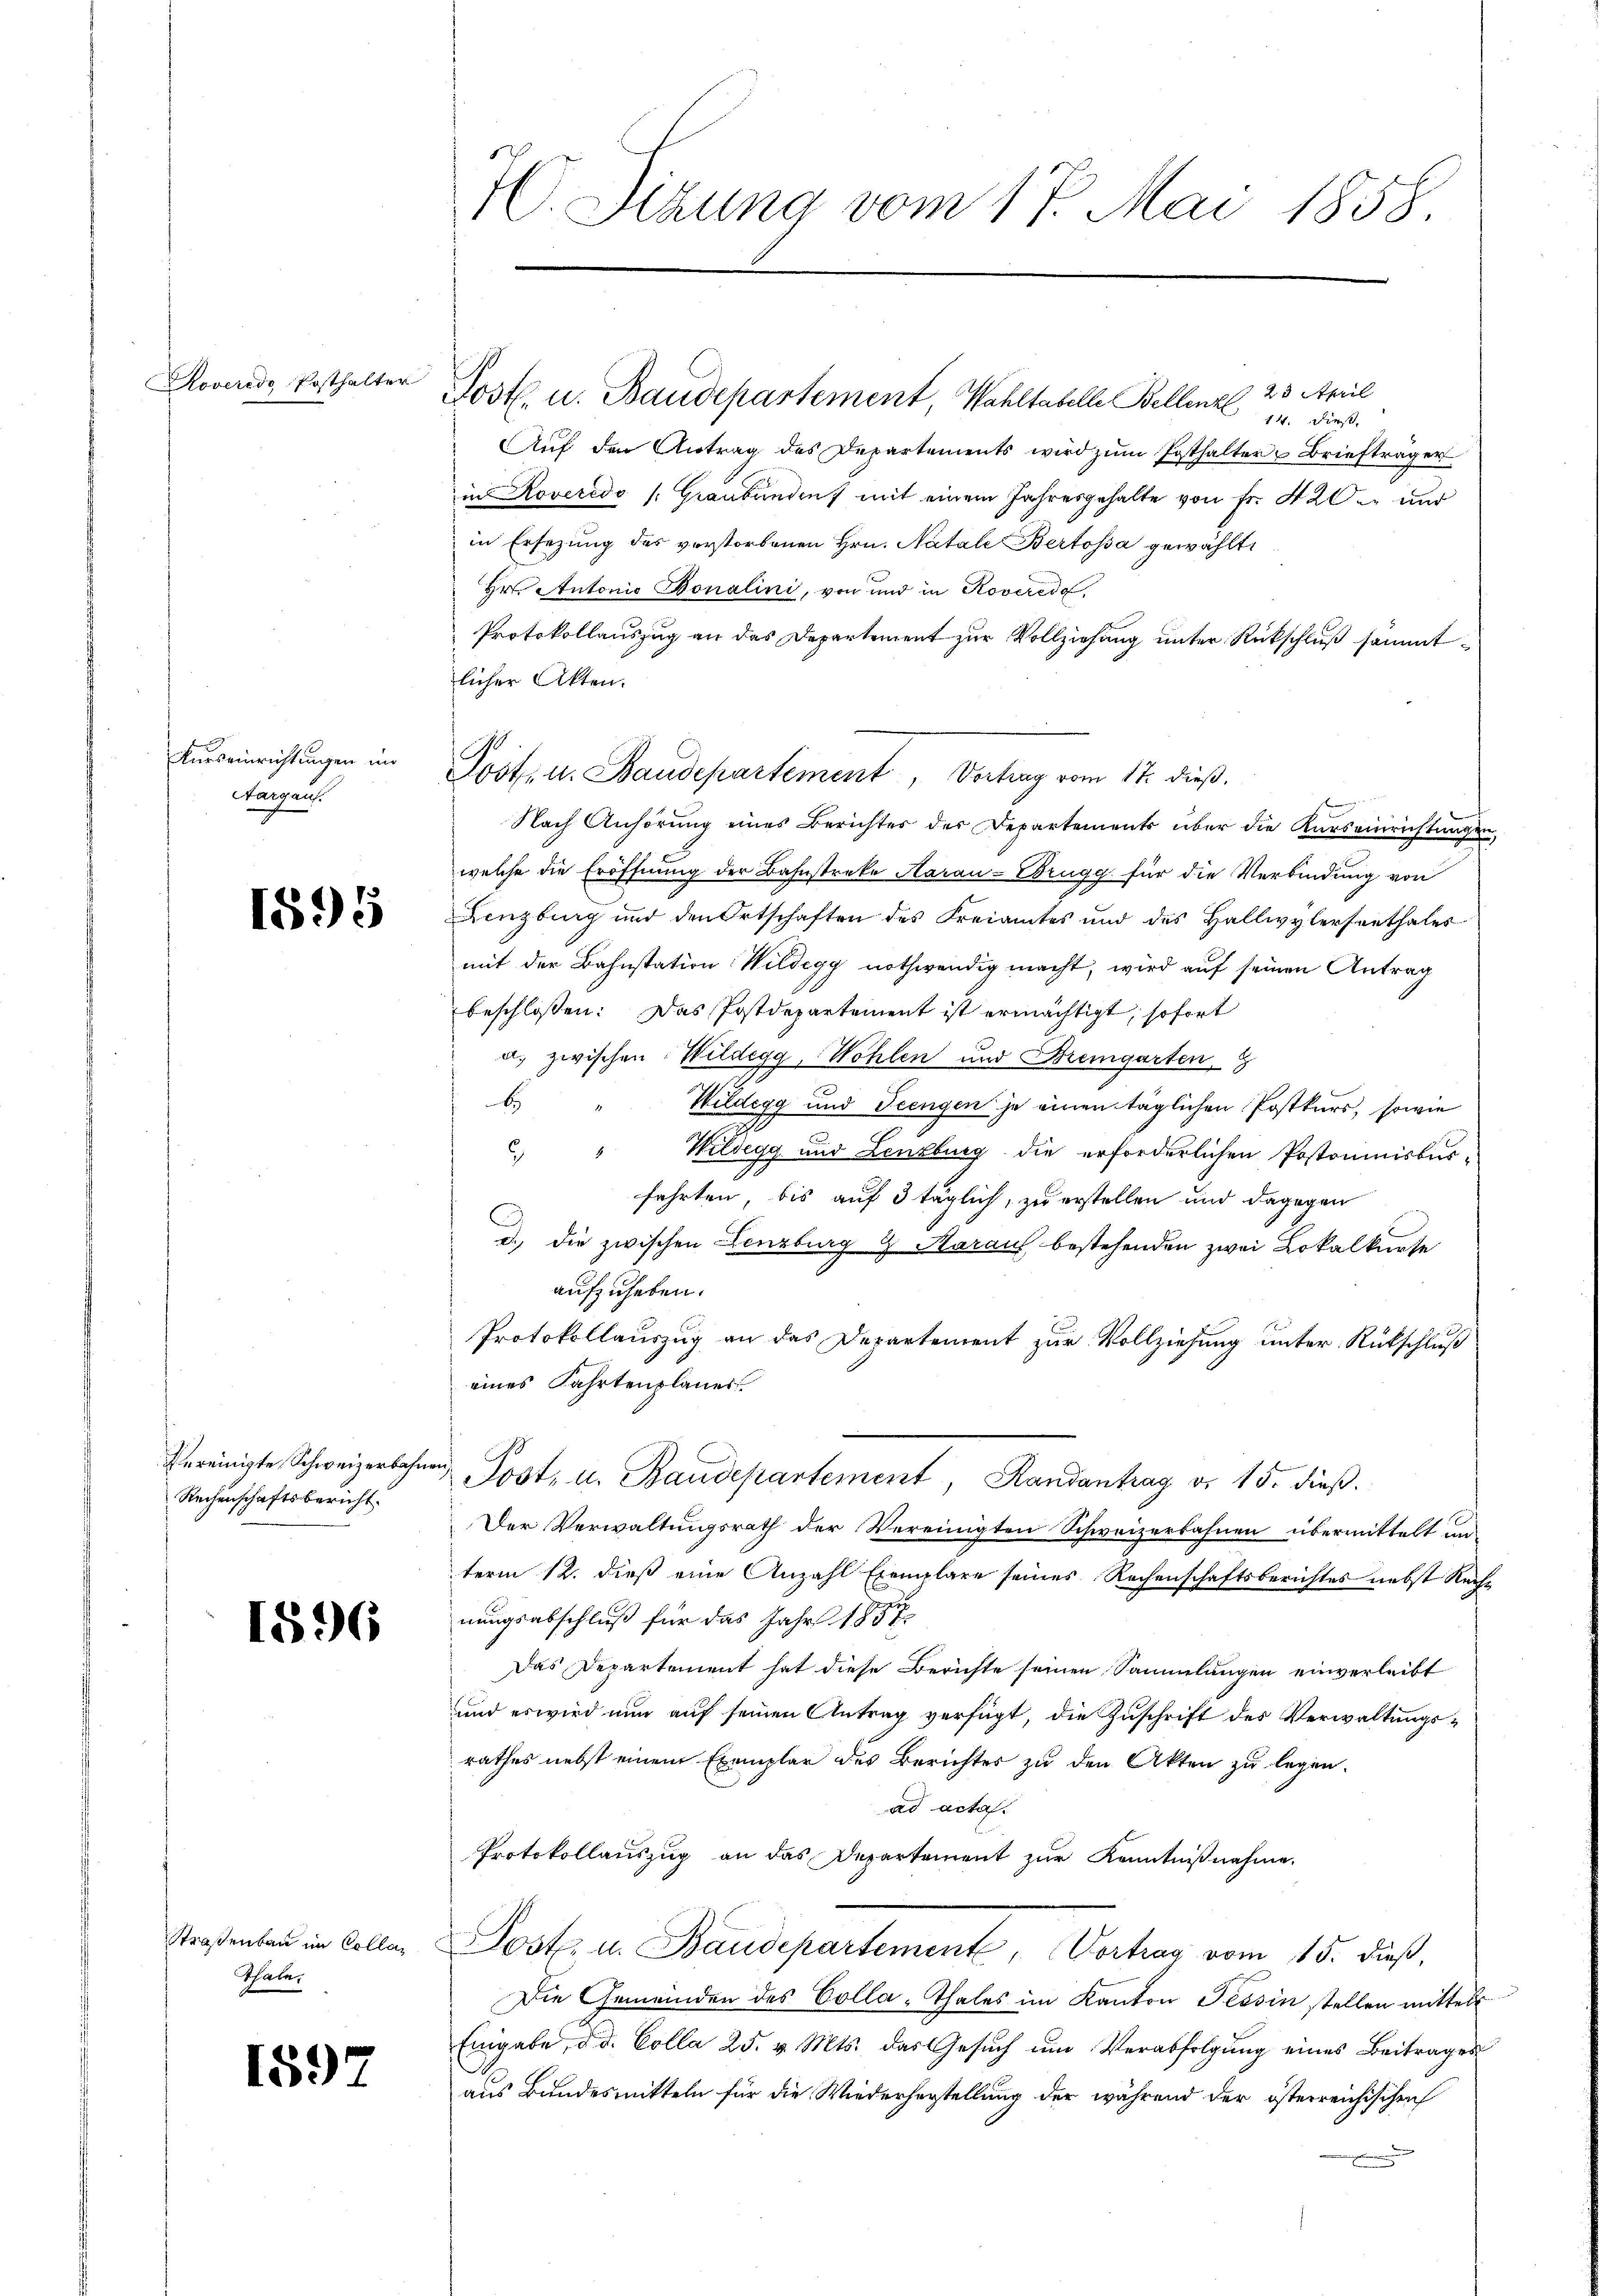
Roveredo, Posthalter

Kurseinrichtungen im
Aargaus.

1895

vereinigte Schweizerbahnen
Rechenschaftsbericht.

1896

Straßenbau im Colleg
Thale.

15.)

W. Sizung vom 17. Mai 1858.

14. Dies
Auf den Antrag des Departements wird zŭm Posthalter u Briefträger
in Roveredo (Graubündenf mit einem Jahresgehalte von Fr. 420 und
in Ersezung des verstorbenen Hrn. Natale Bertosa gewählt,
Hr. Autonio Bonalini, von und in Roverede,
Protokollauszug an das Departement zur Vollziehung unter Rückschluß sammtlicher Akten.
B
Nach Anhörung eines Berichter der Departements über die Kurs einrichtungen
welche die Eröffnung der Bahnstreke Aarau - Brugg für die Verbindung von
Lenzburg und den Ortschaften des Freiamtes und des Hallwylersenthales
mit der Bahnstation Wildegg nothwendig macht, wird auf seinen Antrag
beschloßen: Das Postdepartement ist ermächtigt, sofort
a. zwischen Wildegg, Wohlen und Bremgarten,
E
Wildegg und Teengen je einen täglichen Postkurs, sowie
 " Wildegg und Lenzburg die erforderlichen Postoninisburfahrten, bis auf 5 täglich, zu erstellen und dagegen
d.) Die zwischen Lenzburg & Aarauf bestehenden zwei Lokalkurse
aufzuheben.
Protokollauszug an das Departement zur Vollziehung unter Rückschluß
eines Fahrtenplanes.
d. Post, u. Baudepartement Randantrag v. 15. dieß.
Der Verwaltungsrath der Vereinigten Schweizerbahnen übermittelt un
term 12. dieß eine Anzahl Exemplare seines Rechenschaftsberichtes nebst Rech
nungsabschluß für das Jahr 1857
Das Departement hat diese Berichte seinen Sammlungen einverleibt
und es wird nun auf seinen Antrag verfügt, die Zuschrift des Verwaltungsrathes nebst einem Exemplar des Berichtes zu den Akten zu legen.
ad acta.
Protokollauszug an das Departement zur Kenntnißnahme.
Poste. u. Baudepartement, Vortrag vom 15. dieß,
Die Gemeinden des Colla-Thales im Kanton Tessin stellen mittels
Eingabe, d. d. Colla 25. v. Mts. das Gesuch um Verabfolgung eines Beitrages
aus Bundesmitteln für die Wiederherstellung der während der österreichischen

Postl. u. Baudepartement, Wahltabelle Bellenz, 23. April

Posten. Baudepartement, Vortrag vom 17. dieß.